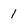
Character: 1